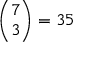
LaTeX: { \binom { 7 } { 3 } } = 3 5